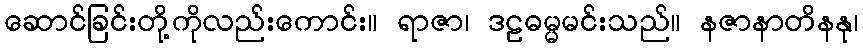
ဆောင်ခြင်းတို့ကိုလည်းကောင်း။ ရာဇာ၊ ဒဠဓမ္မမင်းသည်။ နဇာနာတိနနု၊